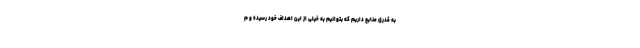
به قدری منابع داریم که بتوانیم به خیلی از این اهداف خود رسیده و م